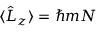
\langle \hat { L } _ { z } \rangle = \hbar m N